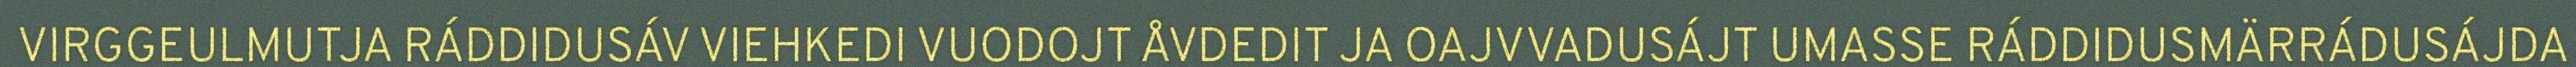
VIRGGEULMUTJA RÁDDIDUSÁV VIEHKEDI VUODOJT ÅVDEDIT JA OAJVVADUSÁJT UMASSE RÁDDIDUSMÄRRÁDUSÁJDA